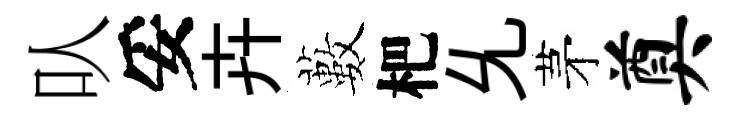
㕥妥卉藪杷𠃔茅奠